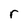
Character: r